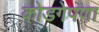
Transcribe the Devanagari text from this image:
कोडगेपणा